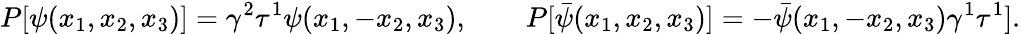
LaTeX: P[\psi(x_{1},x_{2},x_{3})]=\gamma^{2}\tau^{1}\psi(x_{1},-x_{2},x_{3}),\qquad P[\bar{\psi}(x_{1},x_{2},x_{3})]=-\bar{\psi}(x_{1},-x_{2},x_{3})\gamma^{1}\tau^{1}].